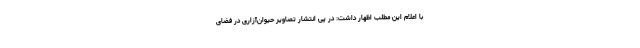
با اعلام این مطلب اظهار داشت: در پی انتشار تصاویر حیوان‌آزاری در فضای